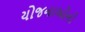
યોજનાઓનો